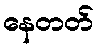
နေတတ်